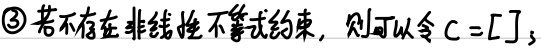
\textcircled{3} 若不存在非线性不等式约束，则可以令$c = []$;